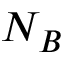
N _ { B }